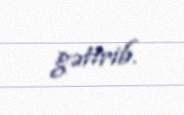
gətirib.